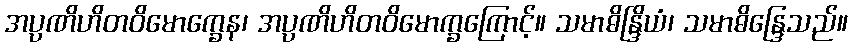
အပ္ပဏိဟိတဝိမောက္ခေန၊ အပ္ပဏိဟိတဝိမောက္ခကြောင့်။ သမာဓိန္ဒြိယံ၊ သမာဓိန္ဒြေသည်။